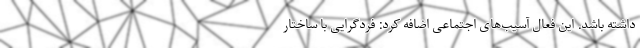
داشته باشد. این فعال آسیب‌های اجتماعی اضافه کرد: فردگرایی با ساختار